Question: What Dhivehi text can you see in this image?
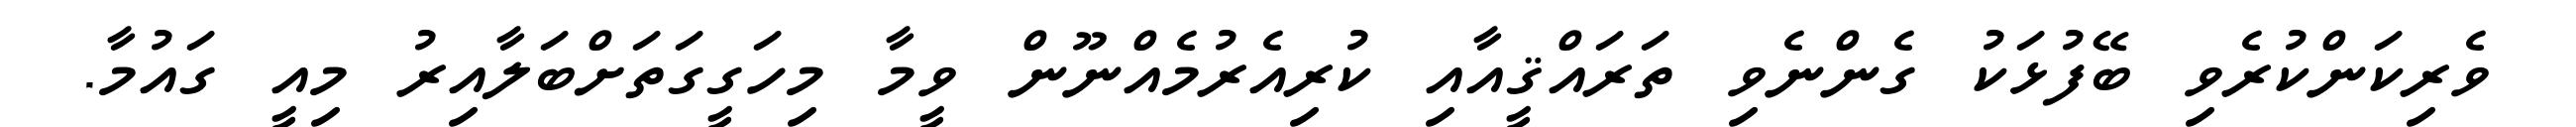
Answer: ވެރިކަންކުރެވި ބޭފުޅަކު ގެންނެވި ތަރައްޤީއާއި ކުރިއެރުމެއްނޫން ވީމާ މިހަގީގަތަށްބަލާއިރު މިއީ ގައުމާ.